Problem: 9 × 9 = ?
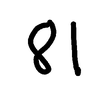
Handwritten answer: 81